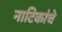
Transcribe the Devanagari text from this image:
नाटिकांचे